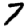
Digit: 7